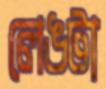
লেঙটা